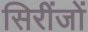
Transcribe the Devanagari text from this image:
सिरींजों